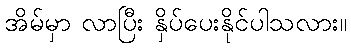
အိမ်မှာ လာပြီး နှိပ်ပေးနိုင်ပါသလား။